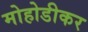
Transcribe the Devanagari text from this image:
मोहोडीकर